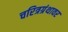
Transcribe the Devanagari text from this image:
चरित्रग्रंथावर